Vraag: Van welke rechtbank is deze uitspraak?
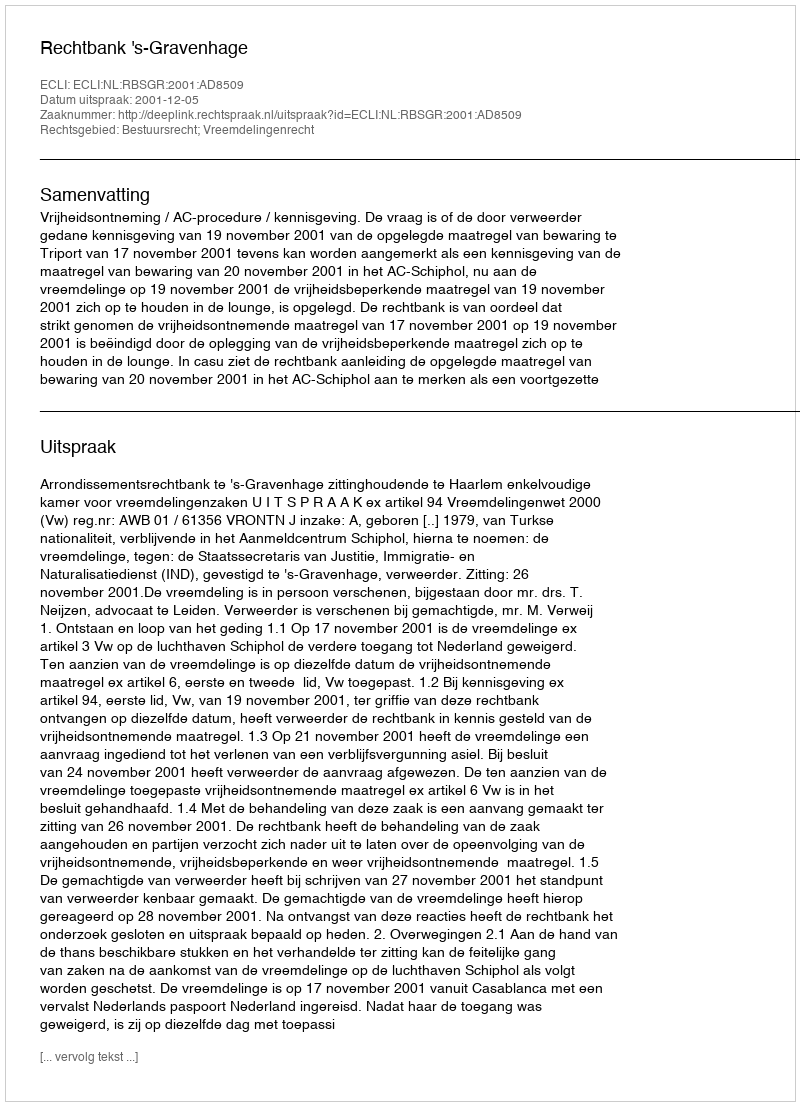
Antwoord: Rechtbank 's-Gravenhage